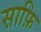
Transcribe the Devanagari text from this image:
साफ़ि